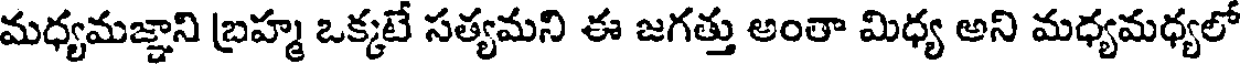
మధ్యమజ్ఞాని బ్రహ్మ ఒక్కటే సత్యమని ఈ జగత్తు అంతా మిధ్య అని మధ్యమధ్యలో